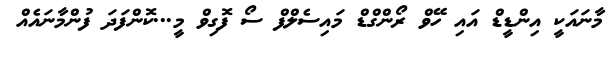
މާނައަކީ އިންޑީޑް އައި ހޭވް ރޯންގްޑް މައިސެލްފް ސޯ ފޮގިވް މީ...ކޮންފަދަ ފުންމާނައެއް